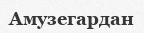
Амузегардан